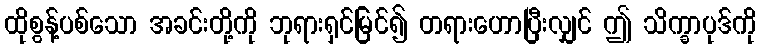
ထိုစွန့်ပစ်သော အခင်းတို့ကို ဘုရားရှင်မြင်၍ တရားဟောပြီးလျှင် ဤ သိက္ခာပုဒ်ကို